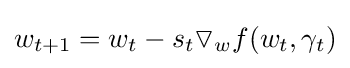
w_{t+1}=w_{t}-s_{t}\triangledown _{w}f(w_{t},\gamma _{t})